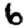
Digit: 6